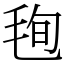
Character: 毥